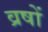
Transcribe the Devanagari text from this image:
व्रषों